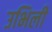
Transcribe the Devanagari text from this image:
उभिली